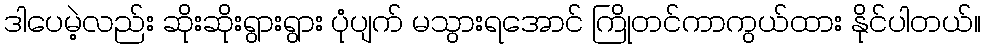
ဒါပေမဲ့လည်း ဆိုးဆိုးရွားရွား ပုံပျက် မသွားရအောင် ကြိုတင်ကာကွယ်ထား နိုင်ပါတယ်။